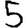
Digit: 5